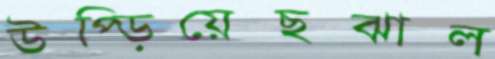
উপ্‌ড়িয়েছঝাল